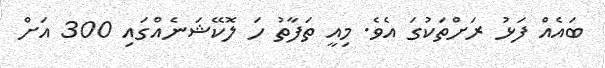
ބައެއް ފަޅު ރަށްތަކުގަ އެވެ. މިއީ ތަފާތު ހަ ލޮކޭޝަނެއްގައި 300 އަށް